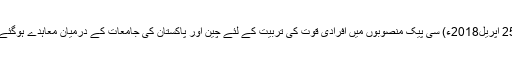
25 اپریل2018ء) سی پیک منصوبوں میں افرادی قوت کی تربیت کے لئے چین اور پاکستان کی جامعات کے درمیان معاہدے ہوگئے۔